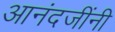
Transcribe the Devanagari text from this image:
आनंदजींनी